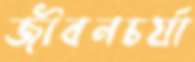
জীবনচর্যা